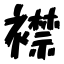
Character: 襟